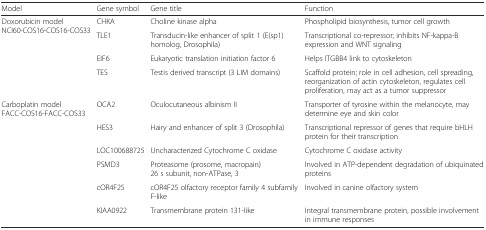
| Model | Gene symbol | Gene title | Function |
 | --- | --- | --- | --- |
 | <ROWSPAN=4> Doxorubicin model NCI60-COS16-COS16-COS33 | CHKA | Choline kinase alpha | Phospholipid biosynthesis, tumor cell growth |
 | TLE1 | Transducin-like enhancer of split 1 (E(sp1) homolog, Drosophila) | Transcriptional co-repressor; inhibits NF-kappa-B expression and WNT signaling |
 | EIF6 | Eukaryotic translation initiation factor 6 | Helps ITGBB4 link to cytoskeleton |
 | TES | Testis derived transcript (3 LIM domains) | Scaffold protein; role in cell adhesion, cell spreading, reorganization of actin cytoskeleton, regulates cell proliferation, may act as a tumor suppressor |
 | <ROWSPAN=6> Carboplatin model FACC-COS16-FACC-COS33 | OCA2 | Oculocutaneous albinism II | Transporter of tyrosine within the melanocyte, may determine eye and skin color |
 | HES3 | Hairy and enhancer of split 3 (Drosophila) | Transcriptional repressor of genes that require bHLH protein for their transcription |
 | LOC100688725 | Uncharacterized Cytochrome C oxidase | Cytochrome C oxidase activity |
 | PSMD3 | Proteasome (prosome, macropain) 26 s subunit, non-ATPase, 3 | Involved in ATP-dependent degradation of ubiquinated proteins |
 | cOR4F25 | cOR4F25 olfactory receptor family 4 subfamily F-like | Involved in canine olfactory system |
 | KIAA0922 | Transmembrane protein 131-like | Integral transmembrane protein, possible involvement in immune responses |